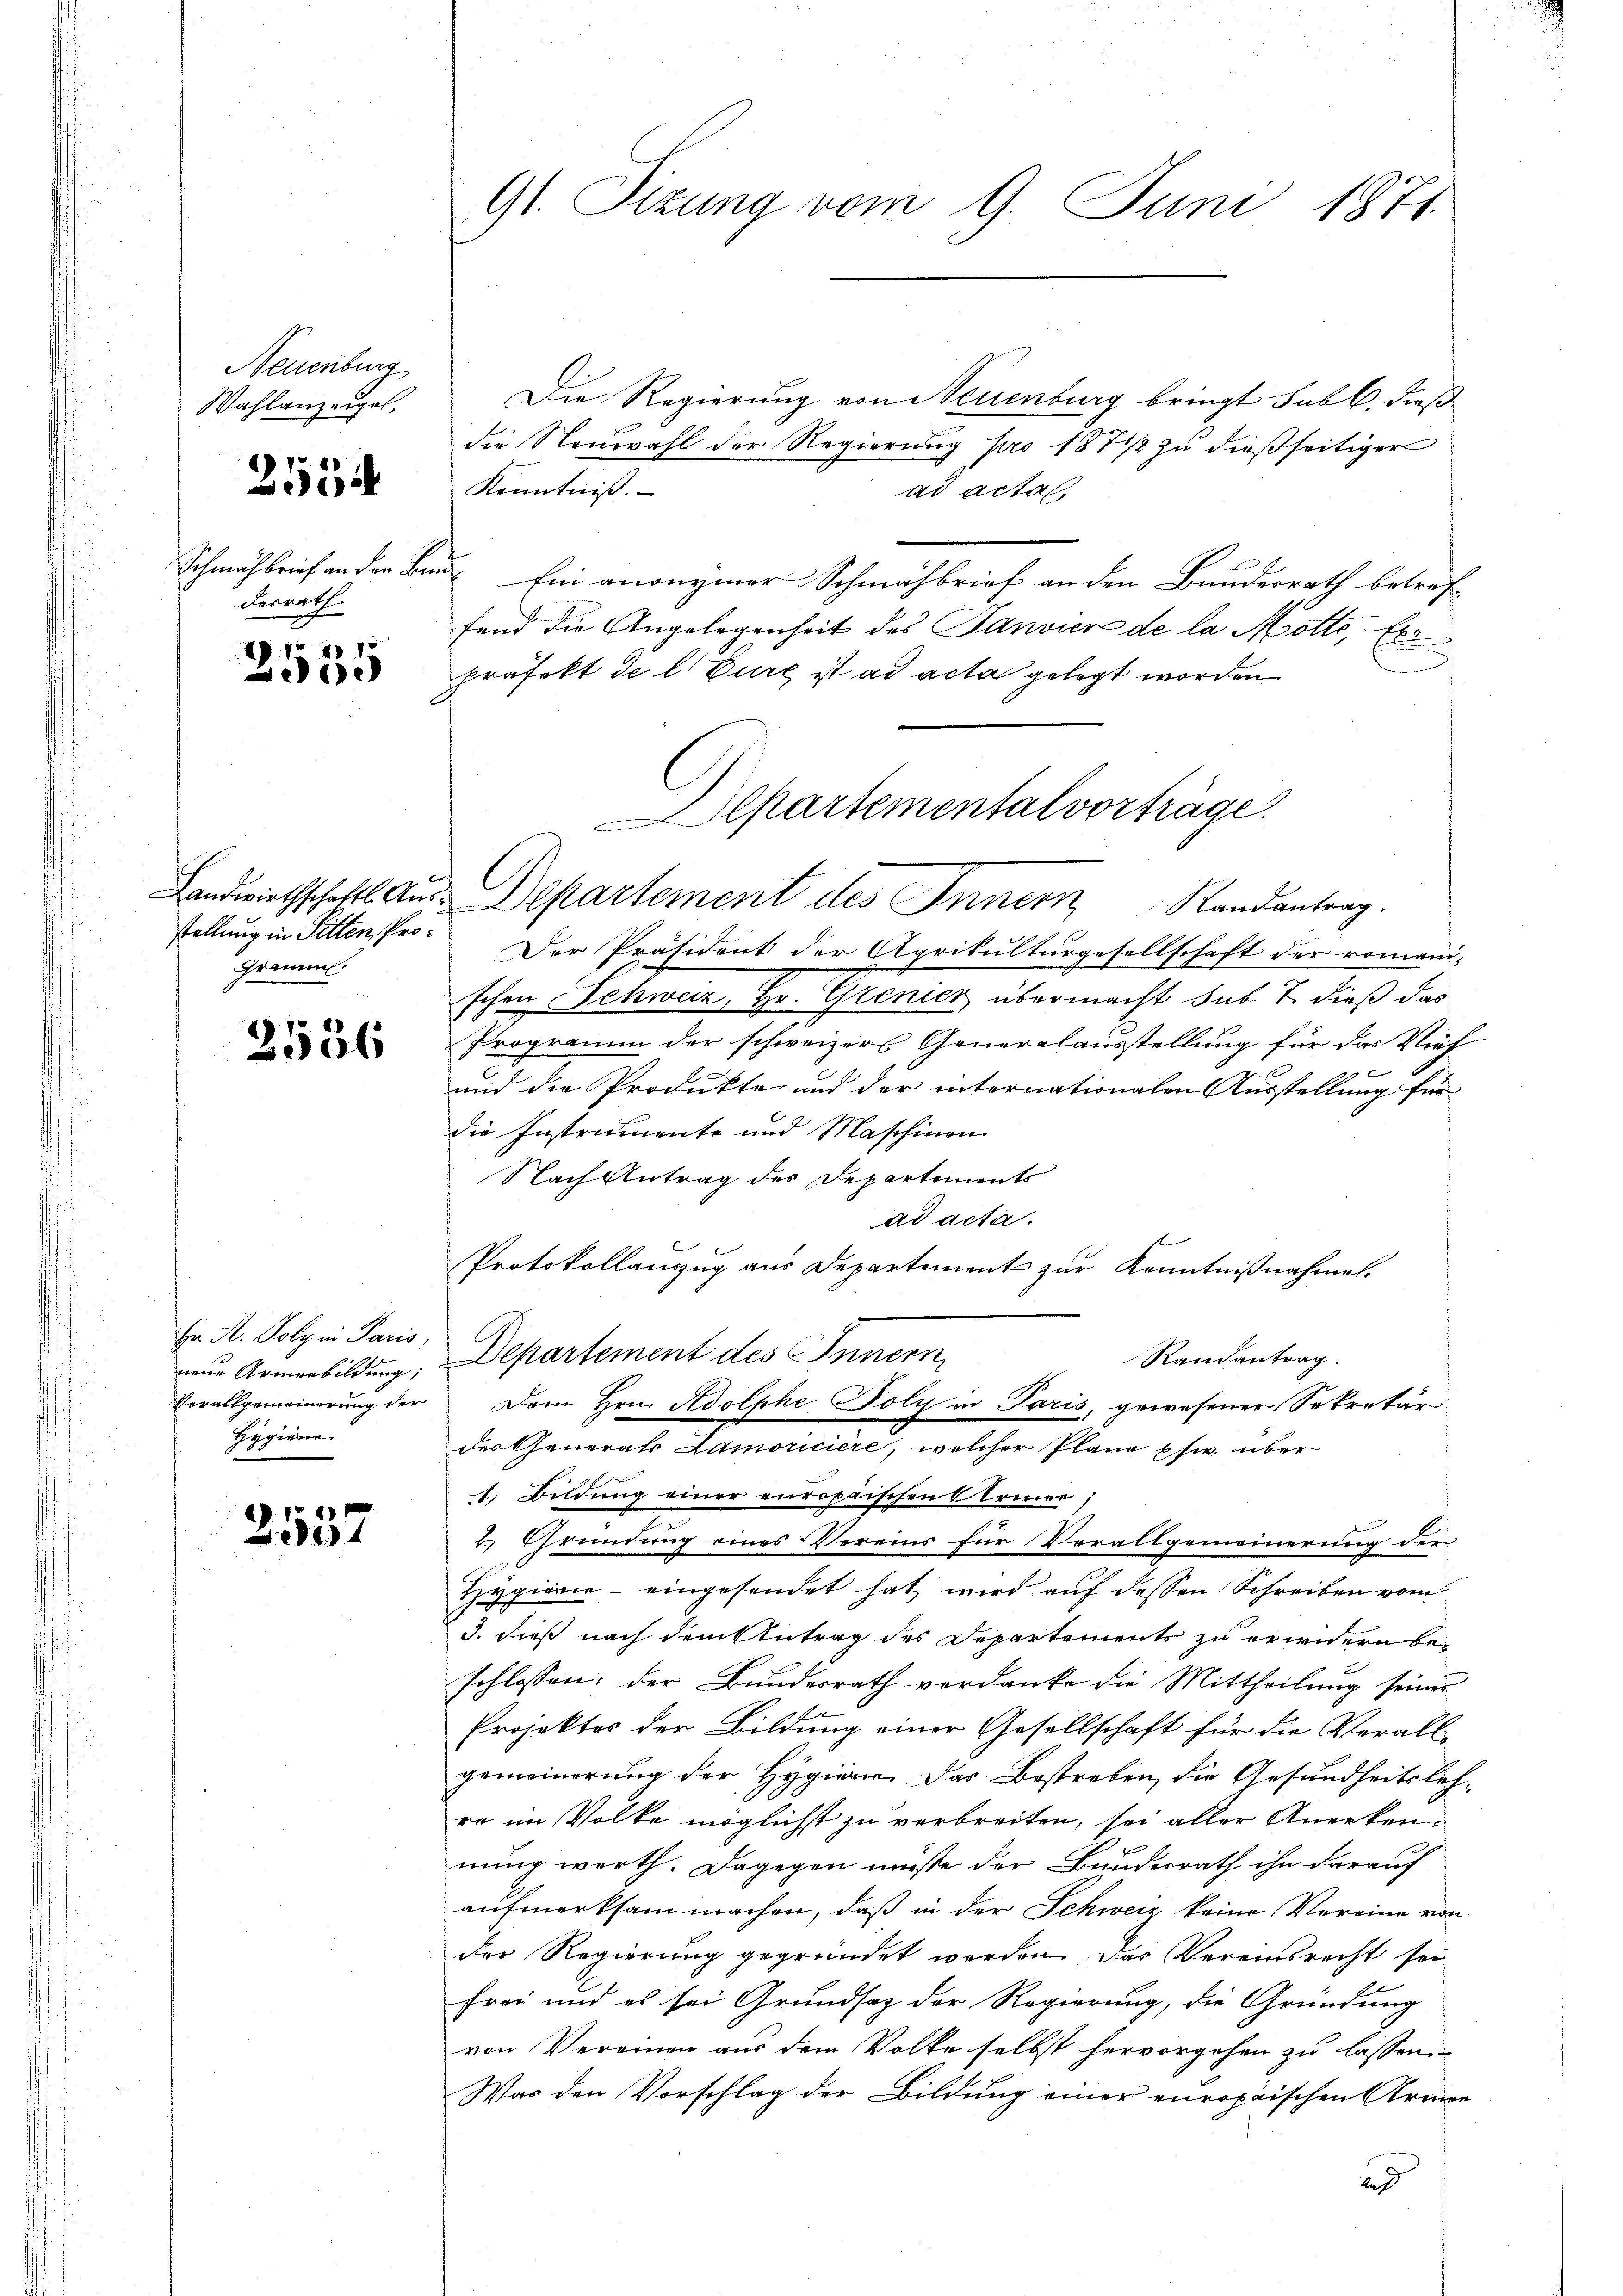
Neuenburg
Wahlanzeige,

255

Schmähbrief an den Bedesrath

2
e

stellung in Sitten, Pro¬
Gramms.

2586

Er H. Poly in Paris,
neue Armenbildung;
Verallgemeinerung der
Hygiene

1
2501

Die Regierung von Neuenburg bringt sub b. dieß
die Neuwahl der Regierung pro 1871/ zu dießseitiger
Kenntniß.
ad acta.
 Ein anonymer Schmähbrief an den Bundesrath betref-
fend die Angelegenheit des Panvier de la Motte, Exe
d
Präfekt de l. Eure ist ad acta gelegt worden
Departemental vorträge.

91. Sizung vom 9. Juni 1871

Landwirthschalts Aus-Departement des Innern
Randantrag.

Der Präsident der Agrikulturgesellschaft der romani-
schen Schweiz, Hr. Grenicz übermacht sub 7. dieß das
Programm der schweizers Generalausstellung für das Vieh
und die Produkte, und der internationalen Ausstellung für
die Instrumente und Maschinen
Nach Antrag des Departements
ad acta.
t
Protokollauszug aus Departement zur Kenntnißnahmel.
Departement des Innern,
1. Bildung einer europaischen Ernen;
2. Gründung eines Vereins für Verallgemeinerung der
Hygierie - eingesendet hat, wird auf dessen Schreiben vom
3. dieß nach dem Antrag des Departements zu erwidern be-
schlossen: der Bundesrath verdanke die Mittheilung seines
Projektor der Bildung einer Gesellschaft für die Verall-
gemeinerung der Hygien. Das Bestreben, die Gesundheitsleh-
re im Volke möglichst zu verbreiten, sei aller Anerkennung werth. Dagegen müßte der Bundesrath ihn darauf
aufmerksam machen, daß in der Schweiz keine Vereine von
der Regierung gegründet werden. Das Vereinsrecht sei
frei und es sei Grundsatz der Regierung, die Gründung
von Vereinen aus dem Volke selbst hervorgehen zu lassen
Was den Vorschlag der Bildung einer europaischen Armen
e

Dem Hrn. Adolphe Poly in Paris, gewesener Sekretär
des Generals Lamoriciere, welcher Plane psw. über-

Randantrag.